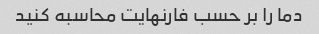
دما را بر حسب فارنهایت محاسبه کنید